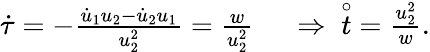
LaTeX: \begin{array}{rl}{\dot{\tau}=-\frac{\dot{u}_{1}u_{2}-\dot{u}_{2}u_{1}}{u_{2}^{2}}=\frac{w}{u_{2}^{2}}\; }&{{}\Rightarrow\; \; \stackrel{\circ}{t}\; =\frac{u_{2}^{2}}{w}.}\end{array}